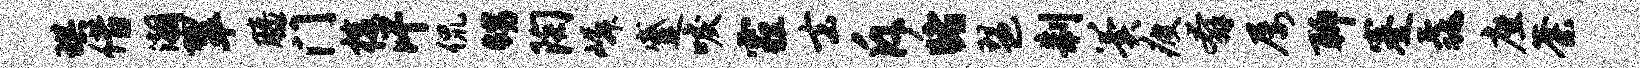
琪借潮翠膝门梭汗侃甥陶嶙蹙唳霾去斥睹琶制翼疲奔屡聊蹇毳座荼